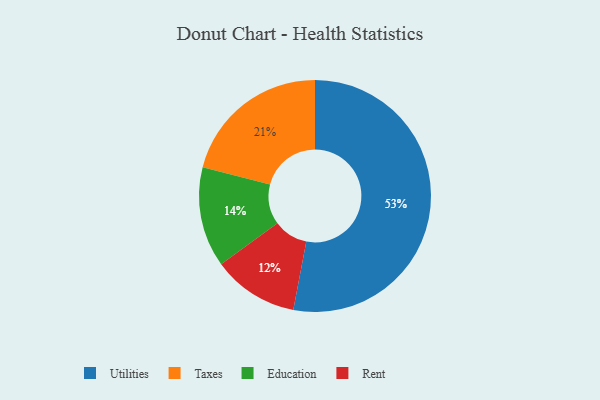
{"axis": {"x": "Category", "y": "Percentage"}, "legend": ["Education", "Rent", "Taxes", "Utilities"], "data": [{"x": "Utilities", "y": 53, "type": "Utilities"}, {"x": "Rent", "y": 12, "type": "Rent"}, {"x": "Taxes", "y": 21, "type": "Taxes"}, {"x": "Education", "y": 14, "type": "Education"}]}